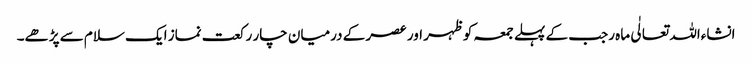
انشاءاللہ تعالٰی ماہ رجب کے پہلے جمعہ کو ظہر اور عصر کے درمیان چار رکعت نماز ایک سلام سے پڑھے۔